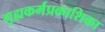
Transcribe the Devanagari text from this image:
गृह्यकर्मप्रकाशिका